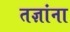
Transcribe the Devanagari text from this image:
तज्ञांना